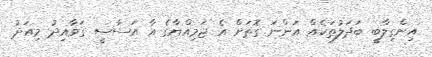
އިންގިލާބީ ބަދަލުތަކެއް އަންނަ ގޮތަށް އެ ޖަމިއްޔާގެ އާ އަސާސީ ގަވާއިދު މިއަދު